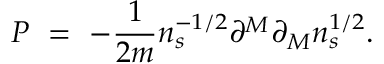
P ~ = ~ - \frac { 1 } { 2 m } n _ { s } ^ { - 1 / 2 } \partial ^ { M } \partial _ { M } n _ { s } ^ { 1 / 2 } .